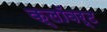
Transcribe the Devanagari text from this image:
क्लॉवर्ट